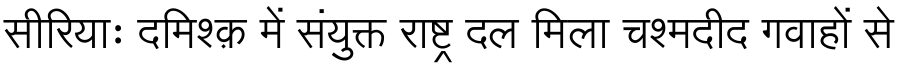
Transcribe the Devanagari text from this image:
सीरियाः दमिश्क़ में संयुक्त राष्ट्र दल मिला चश्मदीद गवाहों से